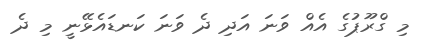
މި ގްރޫޕުގެ އެއް ވަނަ އަދި ދެ ވަނަ ކަނޑައެޅޭނީ މި ދެ